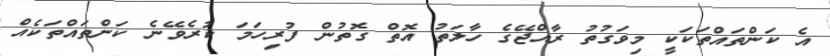
އެ ކަންތައްތަކަކީ މިވަގުތު ރާއްޖޭގެ ހާލަތު އޮތް ގޮތުން ފުރިހަމަ ކުރެވޭނެ ކަންތައްތަކެއް